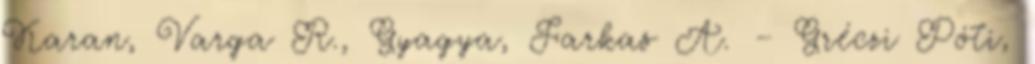
Karan, Varga R., Gyagya, Farkas A. – Gréczi Póti,